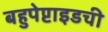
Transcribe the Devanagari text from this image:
बहुपेप्टाइडची